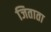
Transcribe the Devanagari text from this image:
जिताता